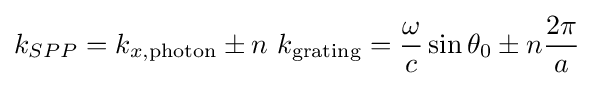
k_{SPP}=k_{x,{\text{photon}}}\pm n\ k_{\text{grating}}={\frac {\omega }{c}}\sin {\theta _{0}}\pm n{\frac {2\pi }{a}}